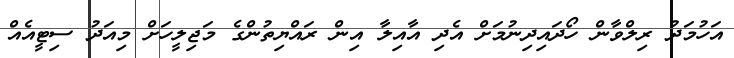
އަހުމަދު ރިލްވާން ހޯދައިދިނުމަށް އެދި އާއިލާ އިން ރައްޔިތުންގެ މަޖިލީހަށް މިއަދު ސިޓީއެއް